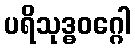
ပရိသုဒ္ဓဝဂ္ဂေါ